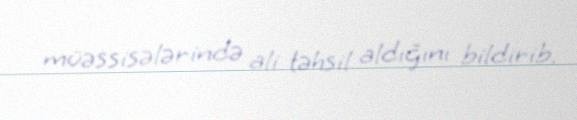
müəssisələrində ali təhsil aldığını bildirib.